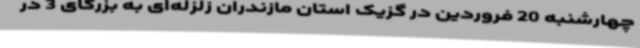
چهارشنبه 20 فروردین در گزیک استان مازندران زلزله‌ای به بزرگای 3 در